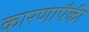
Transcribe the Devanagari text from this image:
कारणापैकी